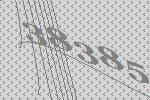
38385